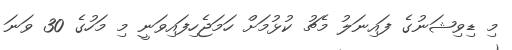
މި ޑިވިޝަނުގެ ފައިނަލު މެޗު ކުޅުމަށް ހަމަޖެހިފައިވަނީ މި މަހުގެ 30 ވަނަ